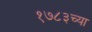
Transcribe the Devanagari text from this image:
१७८३च्या